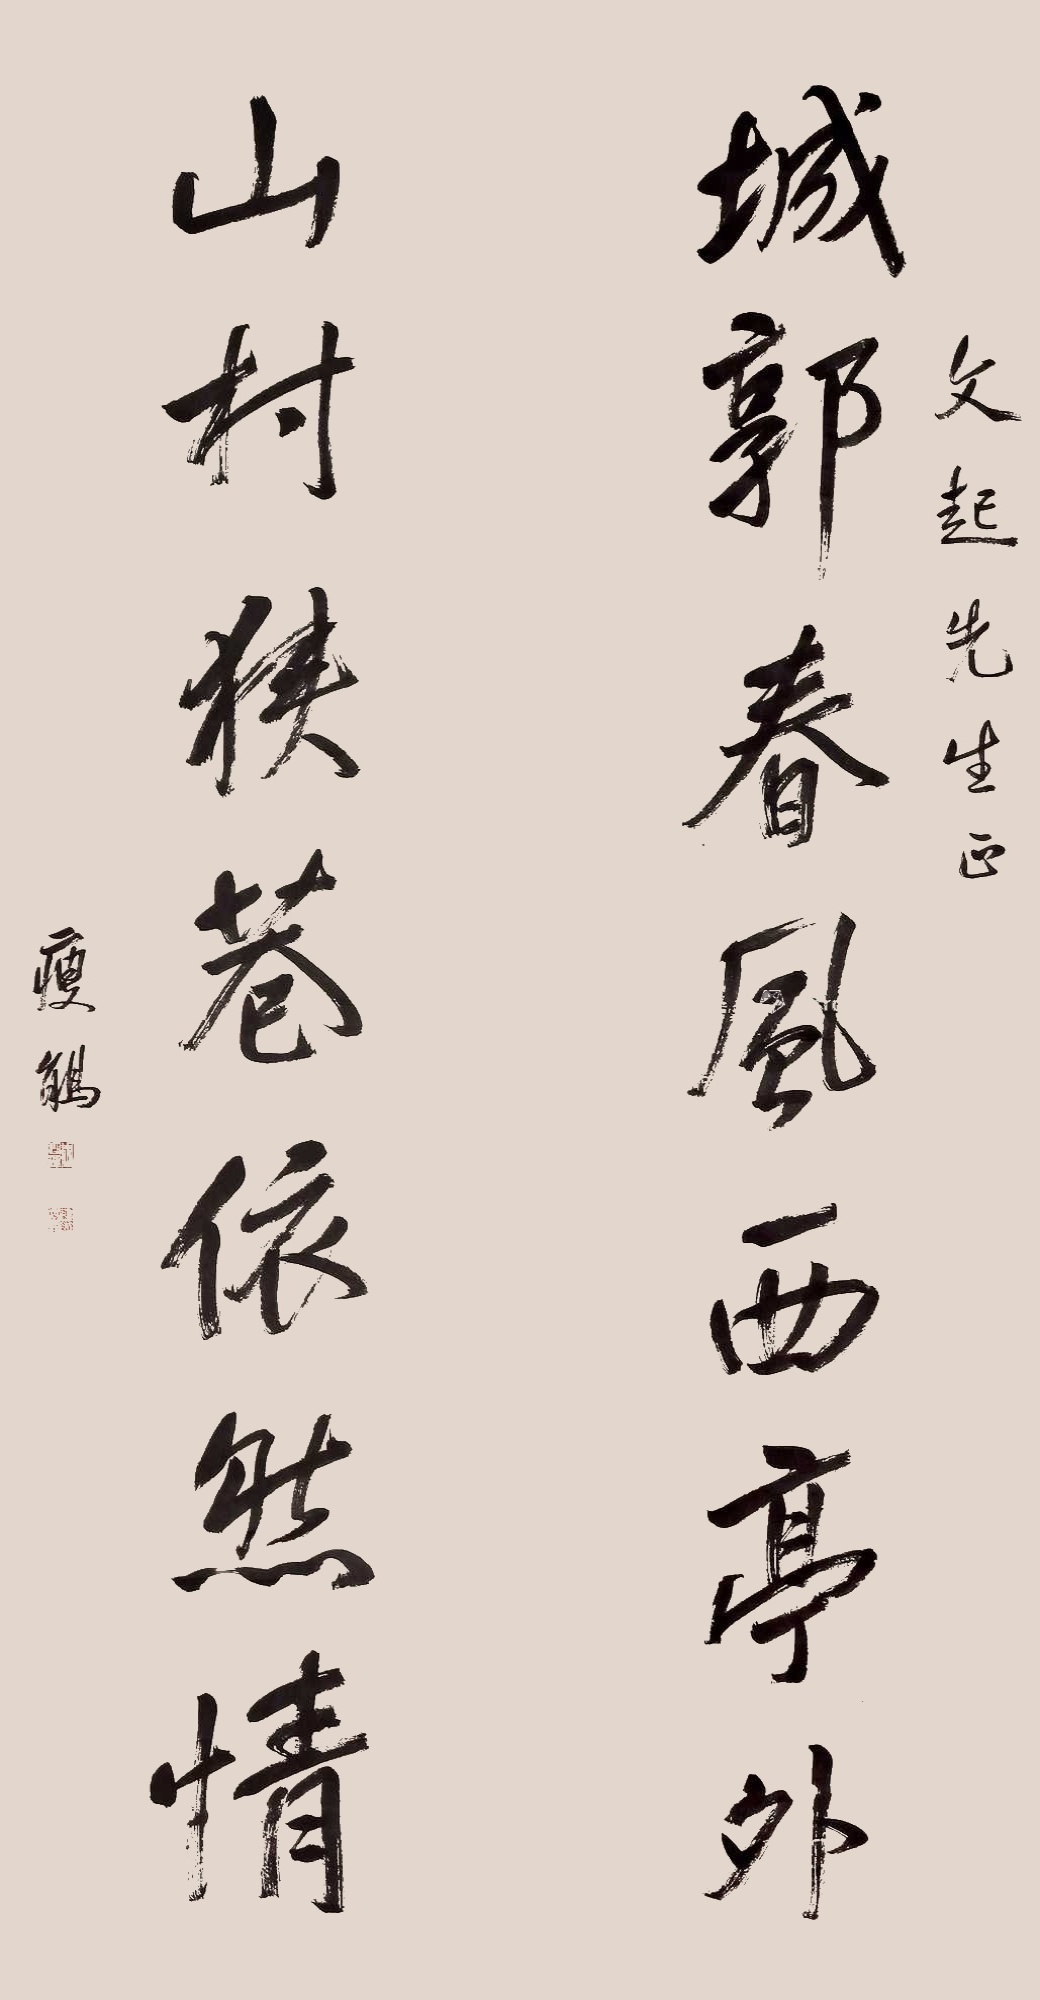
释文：城郭春风西亭外；山村狭巷依然情。文气先生正，瘦鹃。